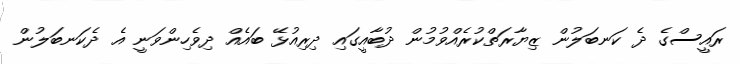
ރައީސްގެ ދެ ކަނބަލުން ޒިޔާރަތްކުރެއްވުމުން ދުބާއީގައި ދިރިއުޅޭ ބައެއް ދިވެހިންވަނީ އެ ދެކަނބަލުން